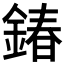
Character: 𨩃